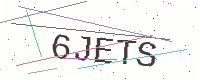
Text: 6JETS